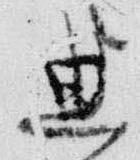
典